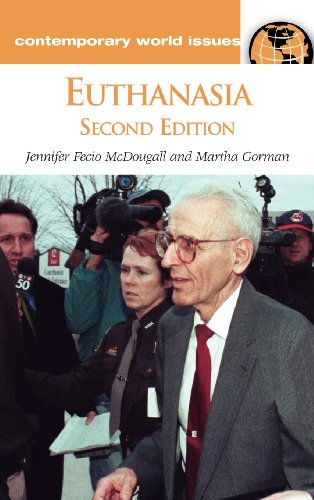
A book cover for Euthanasia: A Reference Handbook (Contemporary World Issues); Jennifer Fecio McDougall; Law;